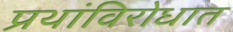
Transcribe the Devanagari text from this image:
प्रथांविरोधात